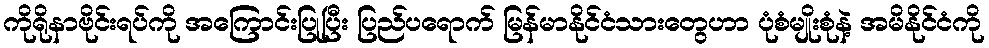
ကိုရိုနာဗိုင်းရပ်ကို အကြောင်းပြုပြီး ပြည်ပရောက် မြန်မာနိုင်ငံသားတွေဟာ ပုံစံမျိုးစုံနဲ့ အမိနိုင်ငံကို